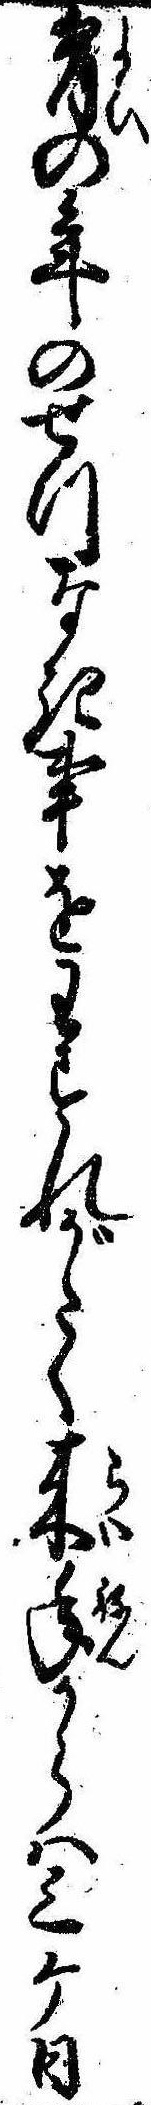
宵の年のせつなき事をわすれがたく来年からは三ケ日